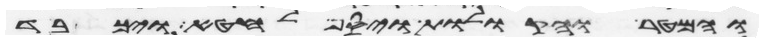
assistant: והמטר והקולות ויסף לחטא ויכבד